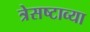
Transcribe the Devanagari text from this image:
त्रेसष्टाव्या